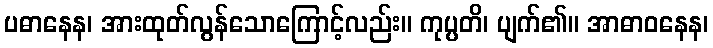
ပဓာနေန၊ အားထုတ်လွန်သောကြောင့်လည်း။ ကုပ္ပတိ၊ ပျက်၏။ အာဓာဝနေန၊